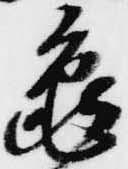
亀